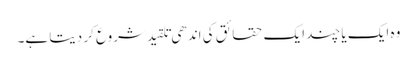
وہ ایک یا چند ایک حقائق کی اندھی تلقید شروع کر دیتا ہے۔